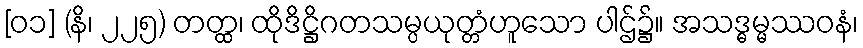
[၀၁] (နိ၊ ၂၂၅) တတ္ထ၊ ထိုဒိဋ္ဌိဂတသမ္ပယုတ္တံဟူသော ပါဌ်၌။ အသဒ္ဓမ္မဿဝနံ၊